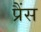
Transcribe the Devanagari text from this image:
प्रैंस